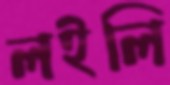
লইলি